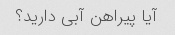
آیا پیراهن آبی دارید؟